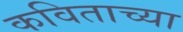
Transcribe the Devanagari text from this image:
कविताच्या